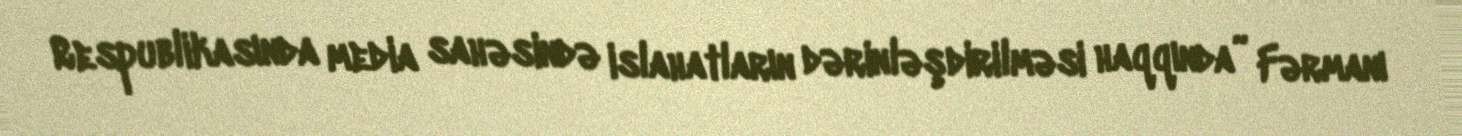
Respublikasında media sahəsində islahatların dərinləşdirilməsi haqqında” Fərmanı